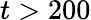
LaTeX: t>200